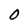
Character: 0